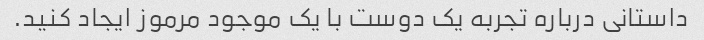
داستانی درباره تجربه یک دوست با یک موجود مرموز ایجاد کنید.